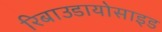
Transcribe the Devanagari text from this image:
रिबाउडायोसाइड